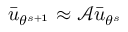
\bar { u } _ { \theta ^ { s + 1 } } \approx \mathcal { A } \bar { u } _ { \theta ^ { s } }